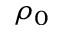
\rho _ { 0 }